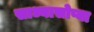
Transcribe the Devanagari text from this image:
साध्यासोप्या